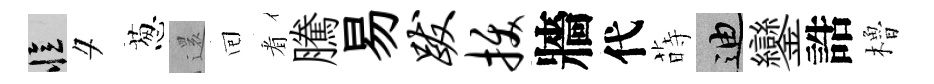
忆夕葱𮟃囘㸔騰易跋拔牆代蒔迪鑾誥櫓